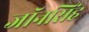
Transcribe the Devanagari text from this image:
जॉनसिंह